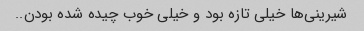
شیرینی‌ها خیلی تازه بود و خیلی خوب چیده شده بودن..